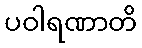
ပဝါရဏာတိ